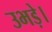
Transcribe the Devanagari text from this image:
उभड़े।